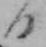
日